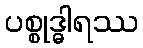
ပစ္စုဒ္ဓါရဿ